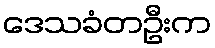
ဒေသခံတဦးက